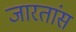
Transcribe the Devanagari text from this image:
जारतांस